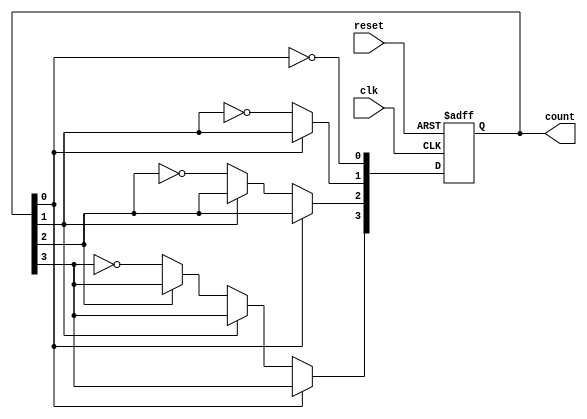
module async_ripple_counter #(
    parameter N = 4  // Number of bits for the counter
)(
    input wire clk,       // Clock input
    input wire reset,     // Asynchronous reset input
    output reg [N-1:0] count // Counter output
);

// Always block triggered by the clock and reset
always @(posedge clk or posedge reset) begin
    if (reset) begin
        count <= 0; // Reset the counter to 0
    end else begin
        // Ripple counting logic
        count[0] <= ~count[0]; // Toggle LSB
        if (count[0] == 1'b0) begin // On falling edge of LSB
            count[1] <= ~count[1]; // Toggle next bit
            if (count[1] == 1'b0) begin // On falling edge of 2nd bit
                count[2] <= ~count[2]; // Toggle 3rd bit
                if (count[2] == 1'b0) begin // On falling edge of 3rd bit
                    count[3] <= ~count[3]; // Toggle 4th bit
                    // Add more bits if N > 4
                end
            end
        end
    end
end

endmodule